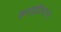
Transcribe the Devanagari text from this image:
करडईप्रमाणे